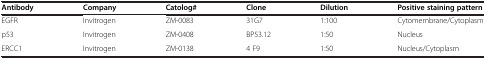
| Antibody | Company | Catolog# | Clone | Dilution | Positive staining pattern |
 | --- | --- | --- | --- | --- | --- |
 | EGFR | Invitrogen | ZM-0083 | 31G7 | 1:100 | Cytomembrane/Cytoplasm |
 | p53 | Invitrogen | ZM-0408 | BP53.12 | 1:50 | Nucleus |
 | ERCC1 | Invitrogen | ZM-0138 | 4 F9 | 1:50 | Nucleus/Cytoplasm |